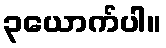
၃ယောက်ပါ။